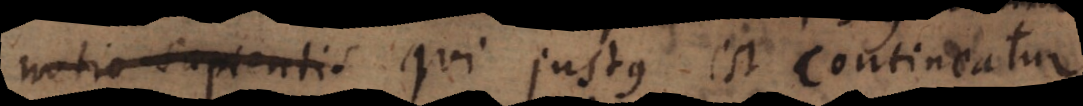
notione ejus qui justus est contineatur